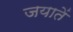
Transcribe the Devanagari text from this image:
जयातें